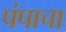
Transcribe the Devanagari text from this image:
पंपाचा